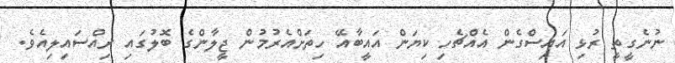
ނުނެގީތީ ރުޅި އައިސްގެން އެއްޗެހި ކިޔަން އައީބާއޭ ހިތަށްއެރުމުން ޖީލާންގެ ބޮލުގައި ރިއްސައިލިއެވެ.